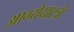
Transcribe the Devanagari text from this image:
आग्येयास्त्रों